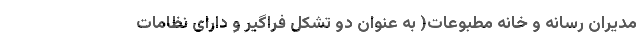
مدیران رسانه و خانه مطبوعات( به عنوان دو تشکل فراگیر و دارای نظامات